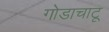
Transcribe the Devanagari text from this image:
गोडाचाटू